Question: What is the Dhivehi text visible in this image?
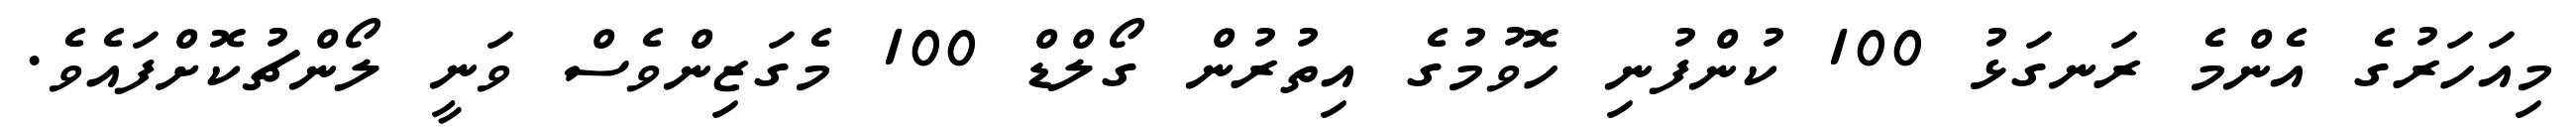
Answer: މިއަހަރުގެ އެންމެ ރަނގަޅު 100 ކުންފުނި ހޮވުމުގެ އިތުރުން ގޯލްޑް 100 މެގަޒިންވެސް ވަނީ ލޯންޗުކޮށްފައެވެ.